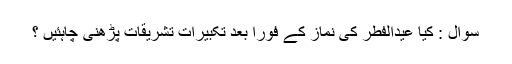
سوال : کیا عیدالفطر کی نماز کے فوراً بعد تکبیرات تشریقات پڑھنی چاہئیں ؟